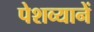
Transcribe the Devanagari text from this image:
पेशव्यानें